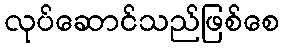
လုပ်ဆောင်သည်ဖြစ်စေ